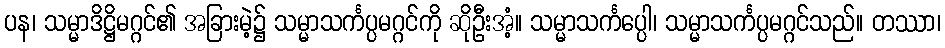
ပန၊ သမ္မာဒိဋ္ဌိမဂ္ဂင်၏ အခြားမဲ့၌ သမ္မာသင်္ကပ္ပမဂ္ဂင်ကို ဆိုဦးအံ့။ သမ္မာသင်္ကပ္ပေါ၊ သမ္မာသင်္ကပ္ပမဂ္ဂင်သည်။ တဿာ၊